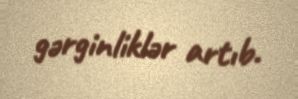
gərginliklər artıb.